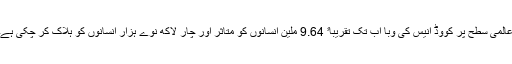
عالمی سطح پر کووِڈ انیس کی وبا اب تک تقریباﹰ 9.64 ملین انسانوں کو متاثر اور چار لاکھ نوے ہزار انسانوں کو ہلاک کر چکی ہے۔